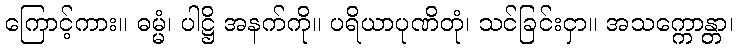
ကြောင့်ကား။ ဓမ္မံ၊ ပါဋ္ဌိ အနက်ကို။ ပရိယာပုဏိတုံ၊ သင်ခြင်းငှာ။ အသက္ကောန္တာ၊